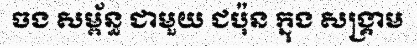
ចង សម្ព័ន្ធ ជាមួយ ជប៉ុន ក្នុង សង្គ្រាម